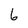
Character: 6